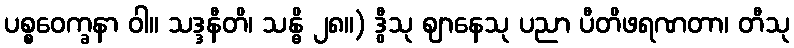
ပစ္စဝေက္ခနာ ဝါ။ သဒ္ဒနီတိ၊ သန္ဓိ ၂၈။) ဒွီသု ဈာနေသု ပညာ ပီတိဖရဏတာ၊ တီသု